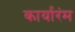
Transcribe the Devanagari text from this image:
कार्यारंम